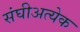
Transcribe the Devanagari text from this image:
संघीअत्येक